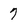
Character: 7